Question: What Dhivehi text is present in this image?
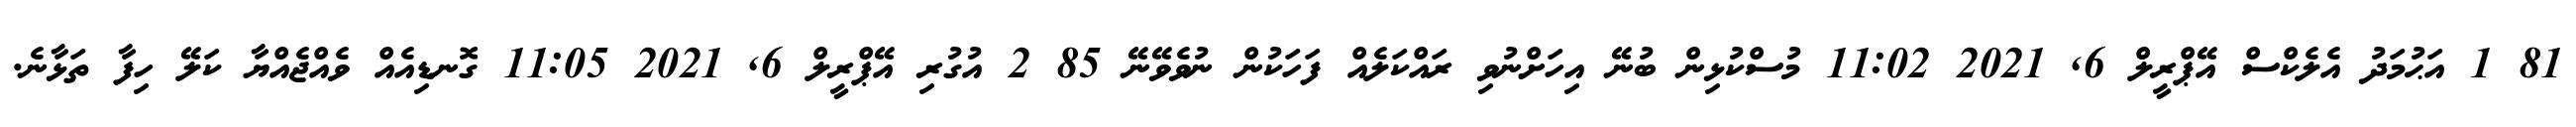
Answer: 81 1 އަޙުމަދު އެލެކްސް އޭޕްރީލް 6, 2021 11:02 މުސްކުޅިން ބުނޭ އިހަށްނުވި ރައްކަލެއް ފަހަކުން ނުވެވޭނޭ 85 2 އުގުރި އޭޕްރީލް 6, 2021 11:05 ގޮނޑިއެއް ވެއްޖެއްޔާ ކަލޭ ހިފާ ތަޅާނެ.